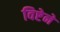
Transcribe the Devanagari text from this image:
विष्टेने